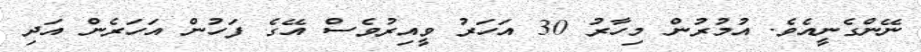
ނޭންގެނީއެވެ. އުމުރުން މިހާރު 30 އަހަރު ވީއިރުވެސް އޭގެ ފަހުން އަހަރެން އަދި